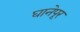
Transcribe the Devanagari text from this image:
घानेपूर